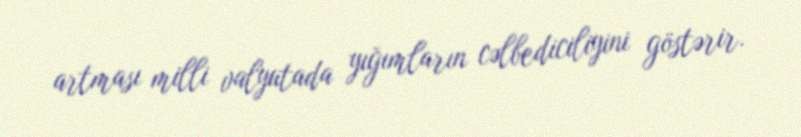
artması milli valyutada yığımların cəlbediciliyini göstərir.